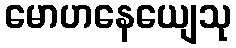
မောဟနေယျေသု